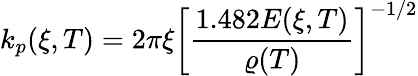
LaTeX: k_{p}(\xi,T)=2\pi\xi\bigg[\frac{1.482E(\xi,T)}{\varrho(T)}\bigg]^{-1/2}